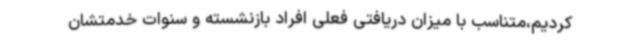
کردیم،متناسب با میزان دریافتی فعلی افراد بازنشسته و سنوات خدمتشان